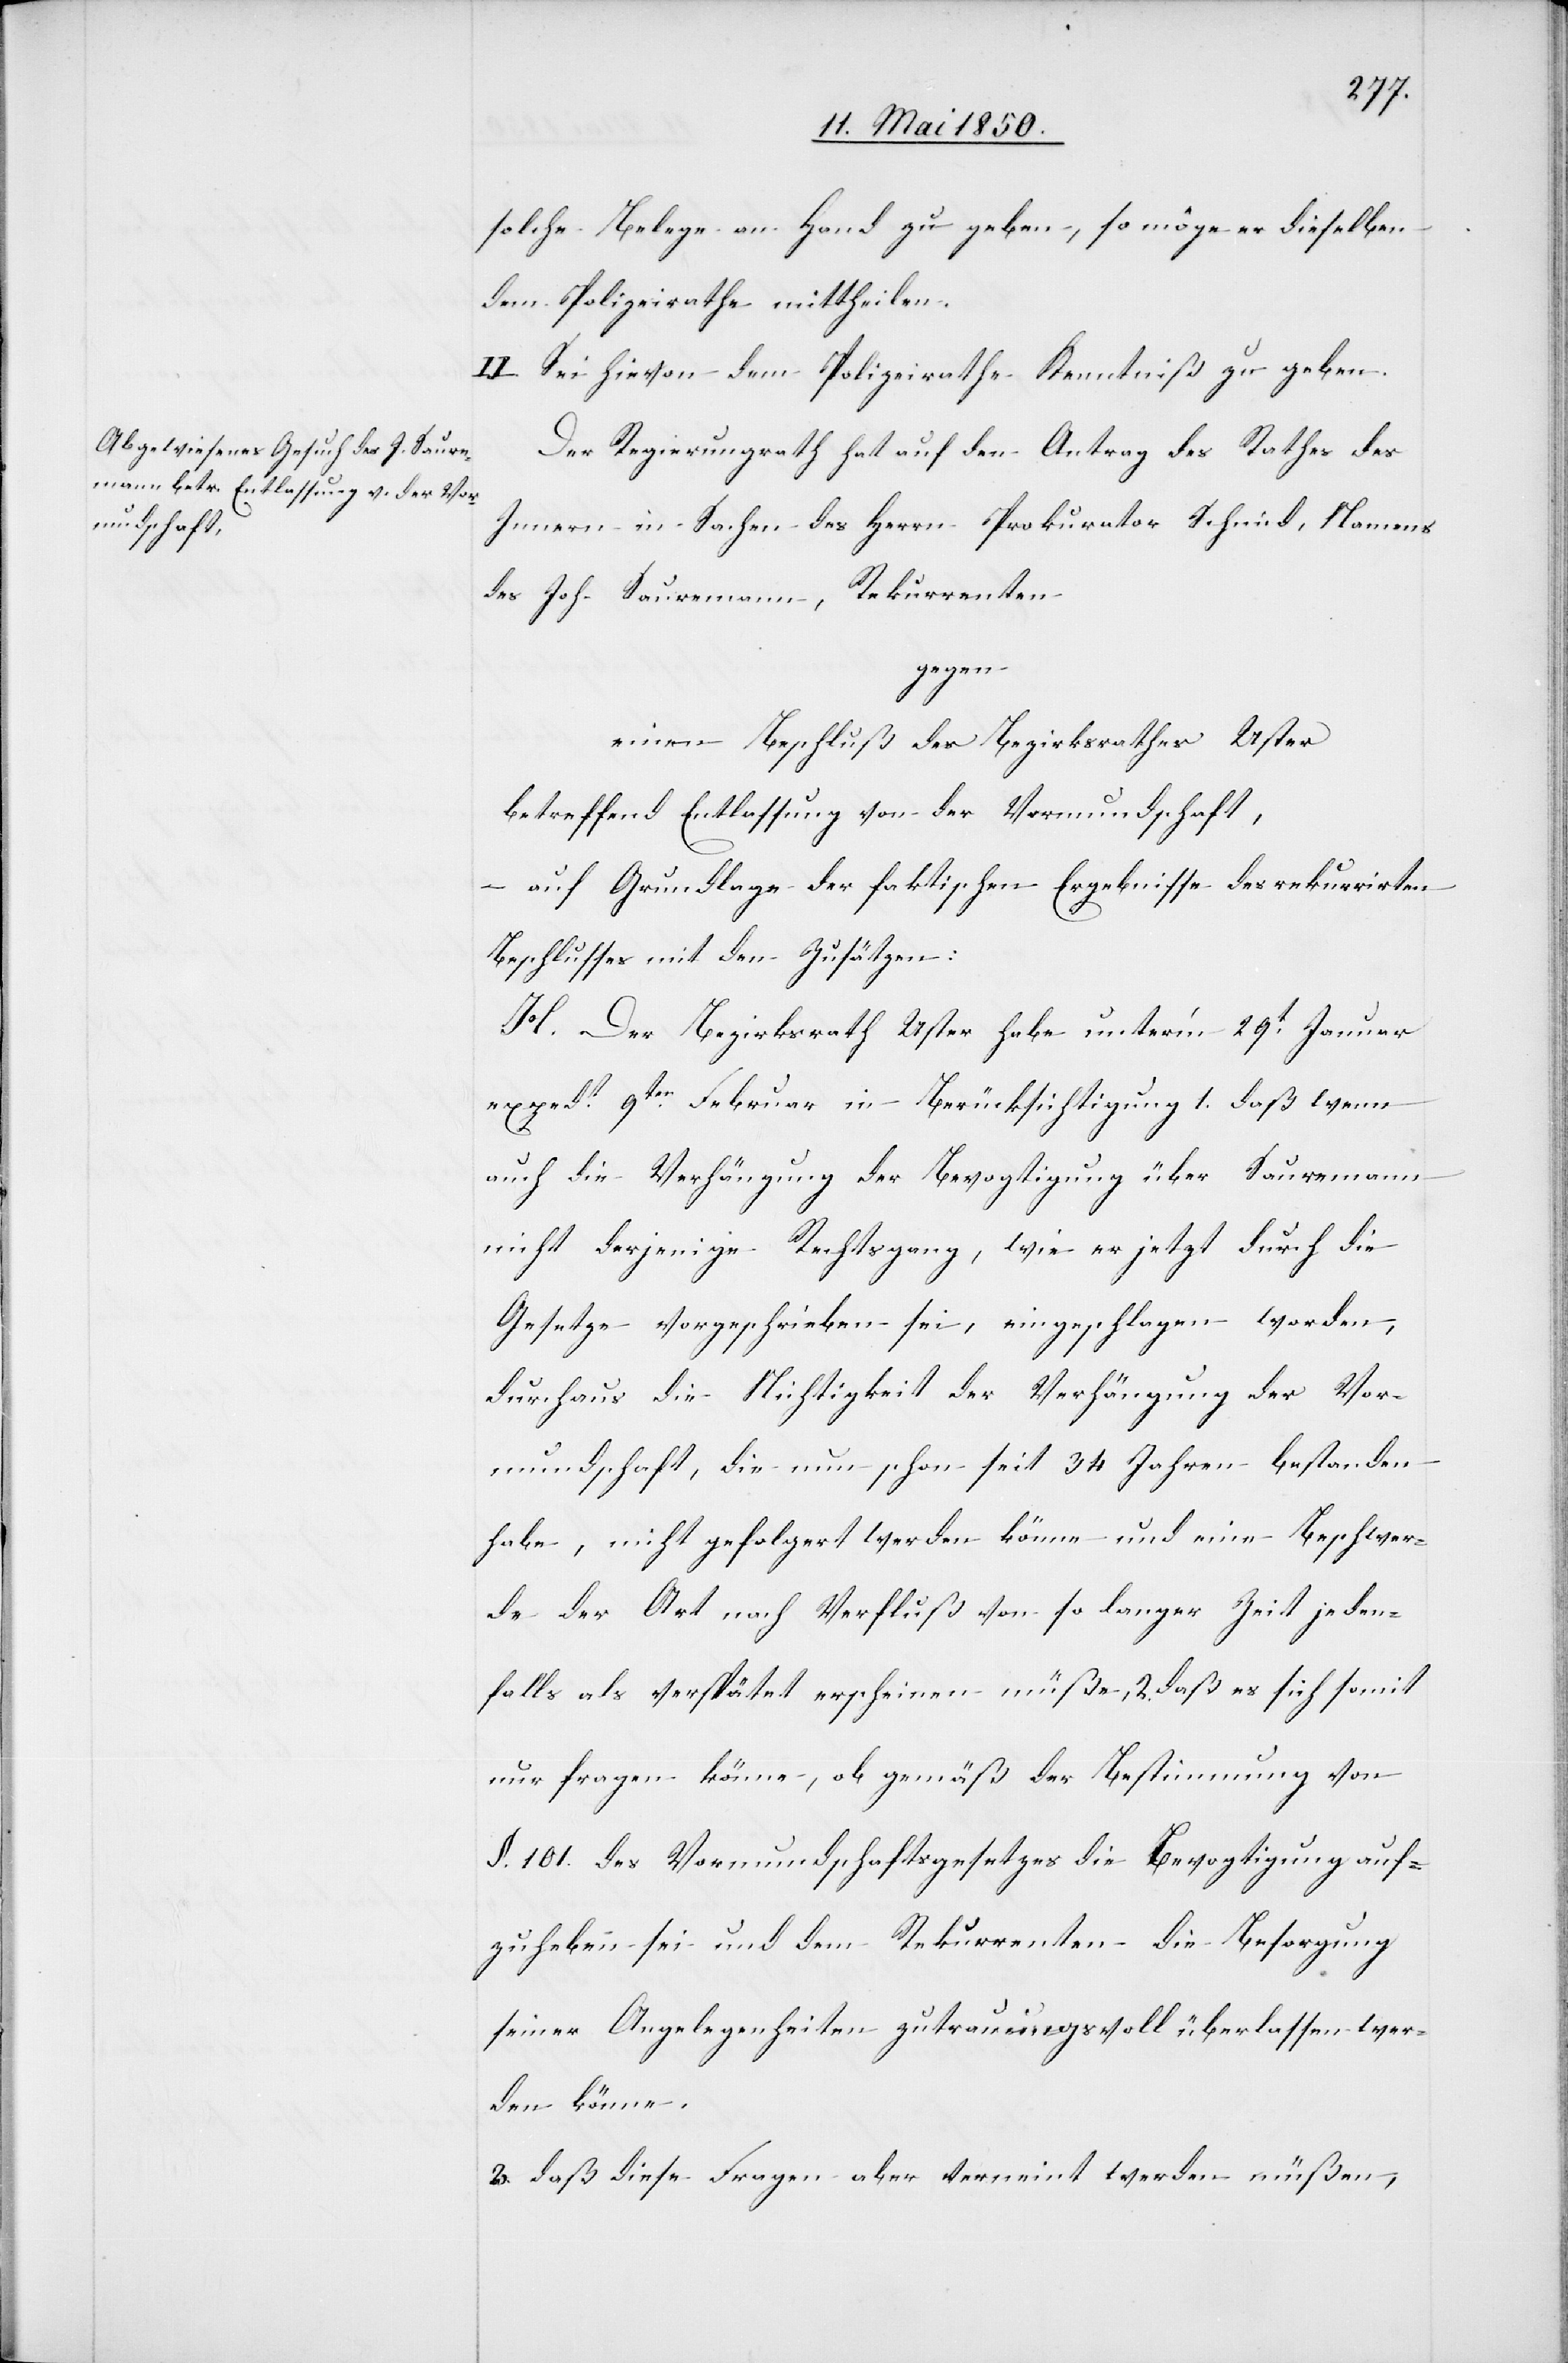
solche Belege an Hand zu geben, so möge er dieselben
dem Polizeirathe mittheilen.
II. Sei hievon dem Polizeirathe Kenntniß zu geben.
Der Regierungsrath hat auf den Antrag des Rathes des
Innern in Sachen des Herrn Prokurator Schmid, Namens
des Joh. Sauremann, Rekurrenten
gegen
einen Beschluß des Bezirksrathes Uster
betreffend Entlassung von der Vormundschaft,
– auf Grundlage der faktischen Ergebnisse des rekurrirten
Beschlusses mit den Zusätzen:
H. Der Bezirksrath Uster habe unterm 29t Januar
expedt. 9ten Februar in Berücksichtigung 1. daß wenn
auch die Verhängung der Bevogtigung über Sauremann
nicht derjenige Rechtsgang, wie er jetzt durch die
Gesetze vorgeschrieben sei, eingeschlagen worden,
durchaus die Nichtigkeit der Verhängung der Vor¬
mundschaft, die nun schon seit 34 Jahren bestanden
habe, nicht gefolgert werden könne und eine Beschwer¬
de der Art nach Verfluß von so langer Zeit jeden¬
falls als verspätet erscheinen müße, 2. daß es sich somit
nur fragen könne, ob gemäß der Bestimmung von
§. 101. des Vormundschaftsgesetzes die Bevogtigung auf¬
zuheben sei und dem Rekurrenten die Besorgung
seiner Angelegenheiten zutrauungsvoll überlassen wer¬
den könne.
3. daß diese Fragen aber verneint werden müßen,